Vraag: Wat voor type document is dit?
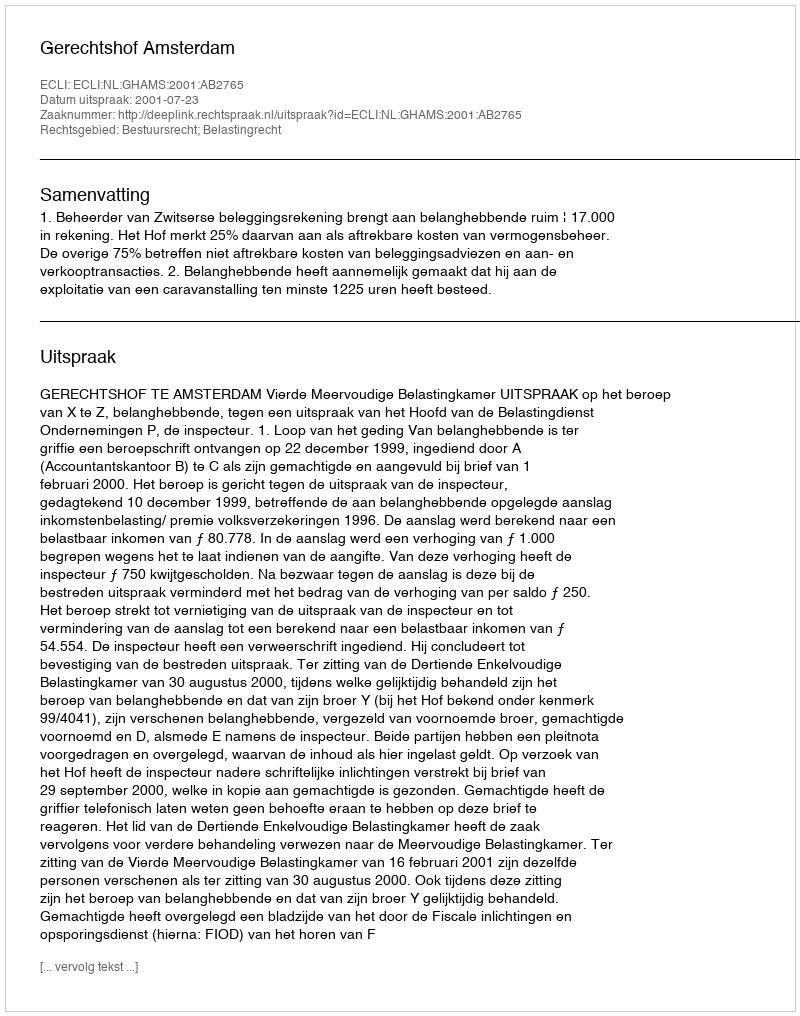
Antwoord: Uitspraak